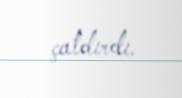
çatdırdı.